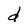
Character: d